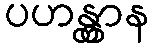
ပဟန္တွာန